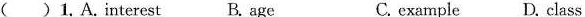
() 1.A.Interest B. Age C. example D. class